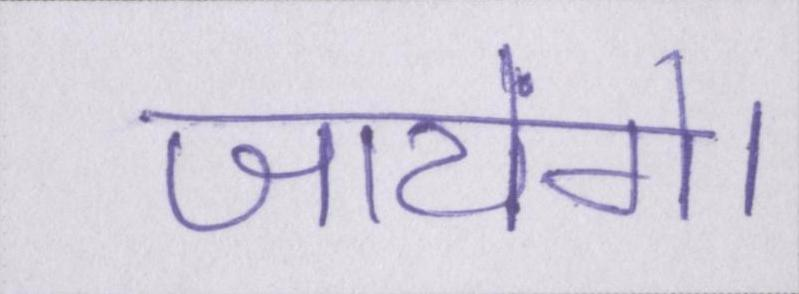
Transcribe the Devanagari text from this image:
जायेंगे।